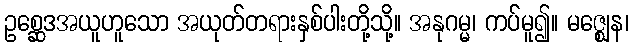
ဥစ္ဆေဒအယူဟူသော အယုတ်တရားနှစ်ပါးတို့သို့။ အနုဂမ္မ၊ ကပ်မူ၍။ မဇ္ဈေန၊